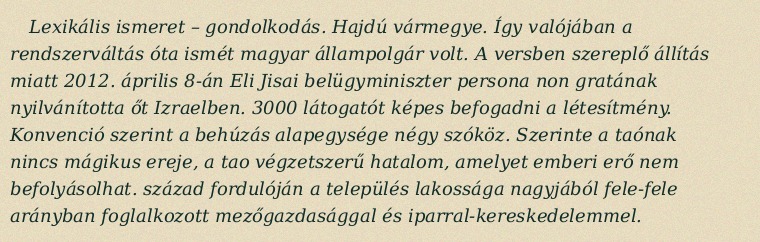
Lexikális ismeret – gondolkodás. Hajdú vármegye. Így valójában a rendszerváltás óta ismét magyar állampolgár volt. A versben szereplő állítás miatt 2012. április 8-án Eli Jisai belügyminiszter persona non gratának nyilvánította őt Izraelben. 3000 látogatót képes befogadni a létesítmény. Konvenció szerint a behúzás alapegysége négy szóköz. Szerinte a taónak nincs mágikus ereje, a tao végzetszerű hatalom, amelyet emberi erő nem befolyásolhat. század fordulóján a település lakossága nagyjából fele-fele arányban foglalkozott mezőgazdasággal és iparral-kereskedelemmel.